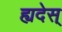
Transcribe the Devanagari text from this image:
ह्यदेस्